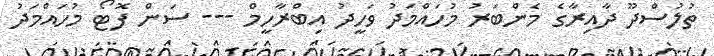
ތުލުސްދޫ ދާއިރާގެ މެންބަރު މުހައްމަދު ވަހީދު އިބްރާހީމް --- ސަން ފޮޓޯ މުހައްމަދު